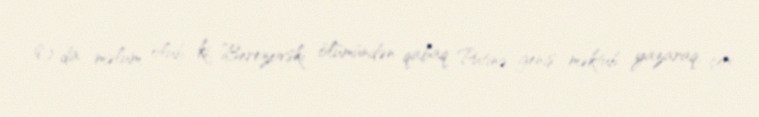
O da məlum olub ki, Berezovski ölümündən qabaq Putinə geniş məktub yazaraq, çox